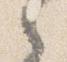
之